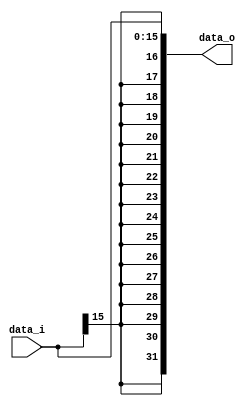
//Subject:     CO project 2 - Sign extend
//--------------------------------------------------------------------------------
//Version:     1
//--------------------------------------------------------------------------------
//Writer:      
//----------------------------------------------
//Date:        
//----------------------------------------------
//Description: 
//--------------------------------------------------------------------------------

module Sign_Extend(
    data_i,
    data_o
    );
               
//I/O ports
input   [16-1:0] data_i;
output  [32-1:0] data_o;

//Internal Signals
reg     [32-1:0] data_o;

//Sign extended
always @(*) begin
     data_o = { {16{data_i[15]}},data_i}; 
 end         
endmodule